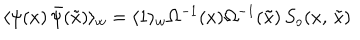
LaTeX: \langle \psi ( x ) \, \bar { \psi } ( \tilde { x } ) \rangle _ { w } = \langle 1 \rangle _ { w } \Omega ^ { - 1 } ( x ) \Omega ^ { - 1 } ( \tilde { x } ) \, S _ { o } ( x , \, \tilde { x } )